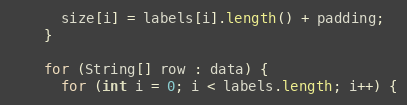
Language: Java
      size[i] = labels[i].length() + padding;
    }

    for (String[] row : data) {
      for (int i = 0; i < labels.length; i++) {